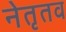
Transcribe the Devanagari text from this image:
नेतृतव